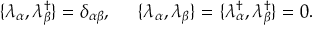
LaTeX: \{ \lambda _ { \alpha } , \lambda _ { \beta } ^ { \dagger } \} = \delta _ { \alpha \beta } , \; \; \; \; \; \{ \lambda _ { \alpha } , \lambda _ { \beta } \} = \{ \lambda _ { \alpha } ^ { \dagger } , \lambda _ { \beta } ^ { \dagger } \} = 0 .